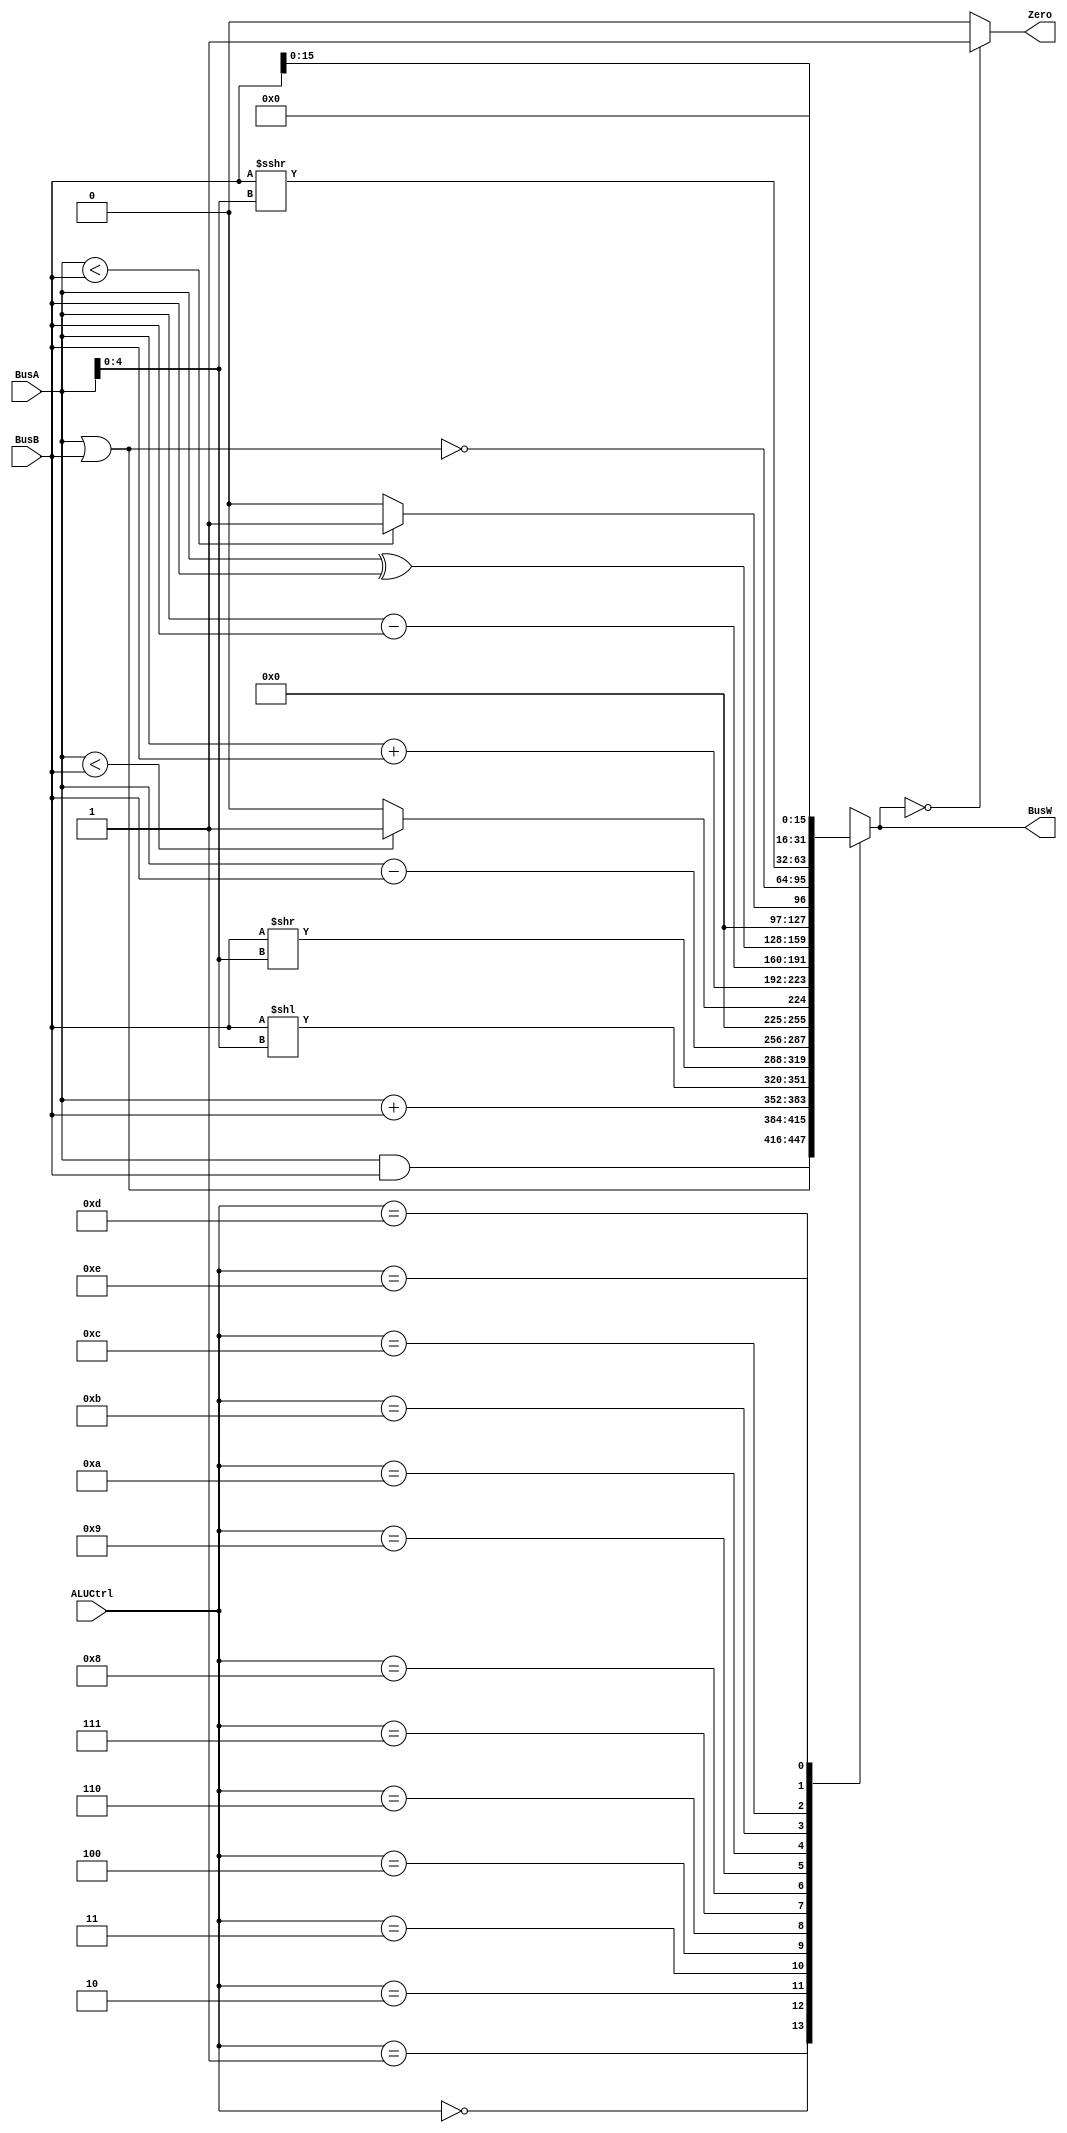
`timescale 1ns / 1ps

`define AND  4'b0000
`define OR   4'b0001
`define ADD  4'b0010
`define SLL  4'b0011
`define SRL  4'b0100
`define SUB  4'b0110
`define SLT  4'b0111
`define ADDU 4'b1000
`define SUBU 4'b1001
`define XOR  4'b1010
`define SLTU 4'b1011
`define NOR  4'b1100
`define SRA  4'b1101
`define LUI  4'b1110
//////////////////////////////////////////////////////////////////////////////////
// Company: 
// 
// Design Name: 
// Module Name:    ALU 
// Project Name: 
// Target Devices: 
// Tool versions: 
// Description: 
//
// Dependencies: 
//
// Revision: 
// Revision 0.01 - File Created
// Additional Comments: 
//
//////////////////////////////////////////////////////////////////////////////////
module ALU( BusA, BusB, ALUCtrl, BusW, Zero
    );
	

	input [31:0] BusA,BusB;
	input [3:0] ALUCtrl;
	
	output reg [31:0] BusW;
	output Zero;
	
		assign Zero = (BusW == 32'b0) ? 1'b1 : 1'b0 ;
	
	always@(*)begin
	
	case(ALUCtrl)
		
		`AND: BusW = BusA & BusB;
			
		`OR:  BusW = BusA | BusB;
		
		`ADD:	BusW = $signed(BusA) + $signed(BusB);
			
		`SLL: BusW = BusB << BusA[4:0];
			
		`SRL: BusW = BusB >> BusA[4:0];
			
		`SUB: BusW = $signed(BusA) - $signed(BusB);
			
		`SLT: BusW = ($signed(BusA) < $signed(BusB)) ? 1:0;
			
	    	`ADDU: BusW = (BusA) + (BusB);
			
	     	`SUBU: BusW = (BusA) - (BusB);
			
		`XOR: BusW = BusA ^ BusB;
			
     	     	`SLTU: BusW = (BusA < BusB) ? 1:0;
			
		`NOR: BusW = ~(BusA | BusB);
			
		`SRA: BusW = $signed(BusB) >>> BusA[4:0];
			
		`LUI: BusW = {BusB,16'b0};
			
	   default:	 BusW = 32'bx;
					
	endcase
	
	
	end
	
	
	
endmodule